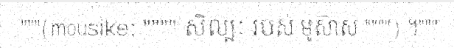
"""(mousike; """" សិល្បៈ របស់ មូស៊ាស """") ។"""